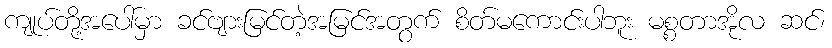
ကျုပ်တို့အပေါ်မှာ ခင်ဗျားမြင်တဲ့အမြင်အတွက် စိတ်မကောင်းပါဘူး မစ္စတာအိုလ ဆင်၊